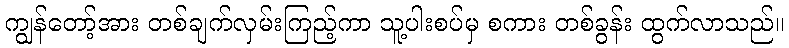
ကျွန်တော့်အား တစ်ချက်လှမ်းကြည့်ကာ သူ့ပါးစပ်မှ စကား တစ်ခွန်း ထွက်လာသည်။